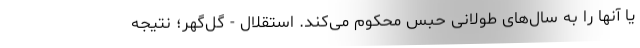
یا آنها را به سال‌های طولانی حبس محکوم می‌کند. استقلال - گل‌گهر؛ نتیجه